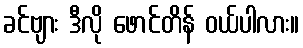
ခင်ဗျား ဒီလို ဖောင်တိန် ဝယ်ပါလား။